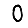
Digit: 0